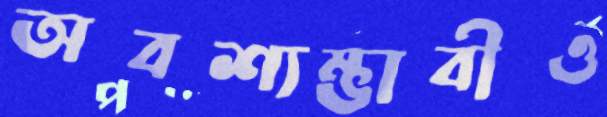
অবশ্যম্ভাবীও